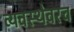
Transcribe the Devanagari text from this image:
व्यवस्थेवरच